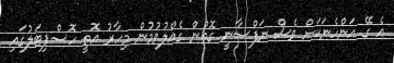
އެ ގޭ އަންހެނަކަށް ވެސް ނަފްސާނީ ގޮތުން ގެއްލުވުމުން މިހާރު އޮތީ ހޮސްޕިޓަލުގައި